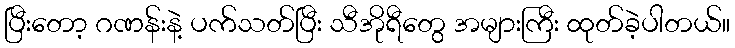
ပြီးတော့ ဂဏန်းနဲ့ ပက်သတ်ပြီး သီအိုရီတွေ အများကြီး ထုတ်ခဲ့ပါတယ်။